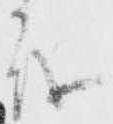
茂